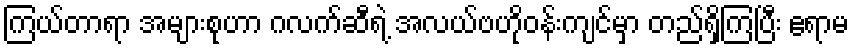
ကြယ်တာရာ အများစုဟာ ဂလက်ဆီရဲ့ အလယ်ဗဟိုဝန်းကျင်မှာ တည်ရှိကြပြီး ဧရာမ